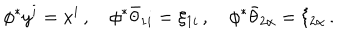
\phi ^ { * } y ^ { i } = x ^ { i } \, , \quad \phi ^ { * } { \bar { \theta } } _ { 1 i } = \xi _ { 1 i } \, , \quad \phi ^ { * } { \bar { \theta } } _ { 2 \alpha } = \xi _ { 2 \alpha } \, .